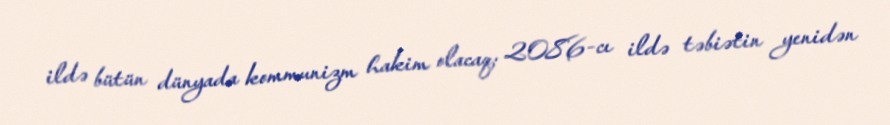
ildə bütün dünyada kommunizm hakim olacaq; 2086-cı ildə təbiətin yenidən